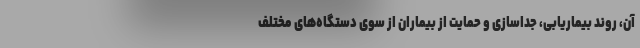
آن، روند بیماریابی، جداسازی و حمایت از بیماران از سوی دستگاه‌های مختلف